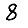
Digit: 8